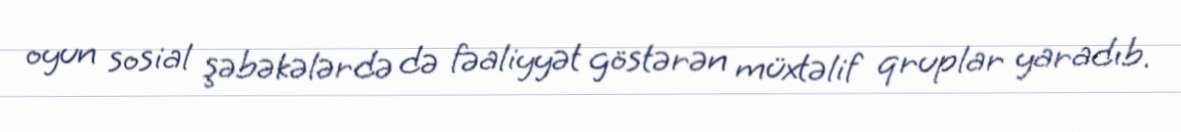
oyun sosial şəbəkələrdə də fəaliyyət göstərən müxtəlif qruplar yaradıb.